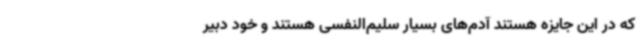
که در این جایزه هستند آدم‌های بسیار سلیم‌النفسی هستند و خود دبیر